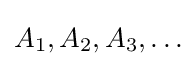
A_{1},A_{2},A_{3},\ldots